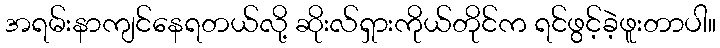
အရမ်းနာကျင်နေရတယ်လို့ ဆိုးလ်ရှားကိုယ်တိုင်က ရင်ဖွင့်ခဲ့ဖူးတာပါ။